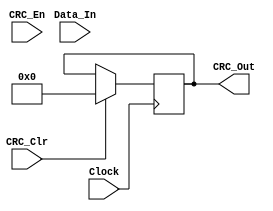
module CRCCYC(Clock,Data_In,CRC_En,CRC_Clr,CRC_Out);
input Clock,CRC_En,CRC_Clr;
input [31:0] Data_In;
output reg [9:0] CRC_Out;
reg [9:0] CRC_Temp;
reg crcfb;
integer i;
always @(posedge Clock) begin
    if(CRC_Clr)
        begin
          CRC_Temp<=0;
        end
    else if(CRC_En)
        begin
          for(i=31;i>=0;i--)
          begin
            crcfb = CRC_temp[9];
            CRC_temp[9] = CRC_Temp[8]^crcfb;
            CRC_temp[8] = CRC_Temp[7];
            CRC_temp[7] = CRC_Temp[6];
            CRC_temp[6] = CRC_Temp[5];
            CRC_temp[5] = CRC_Temp[4]^crcfb;
            CRC_temp[4] = CRC_Temp[3]^crcfb;
            CRC_temp[3] = CRC_Temp[2];
            CRC_temp[2] = CRC_Temp[1];
            CRC_temp[1] = CRC_Temp[0]^crcfb;
            CRC_temp[0] = Data_In[i]^crcfb;
          end
        end 
end 
assign CRC_Out = CRC_Temp;
endmodule